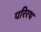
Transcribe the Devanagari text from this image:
परिरथ